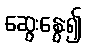
ဆွေးနွေး၍